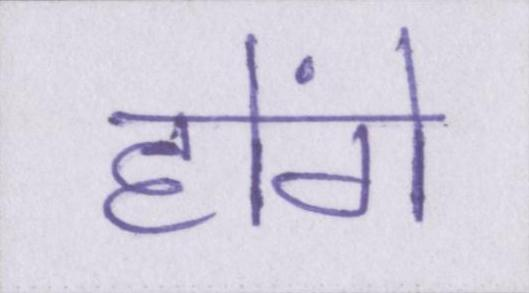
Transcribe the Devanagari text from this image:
होंगे